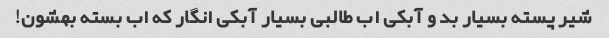
شیر پسته بسیار بد و آبکی اب طالبی بسیار آبکی انگار که اب بسته بهشون!